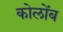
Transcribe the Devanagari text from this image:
कोलोंब